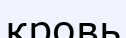
кровь